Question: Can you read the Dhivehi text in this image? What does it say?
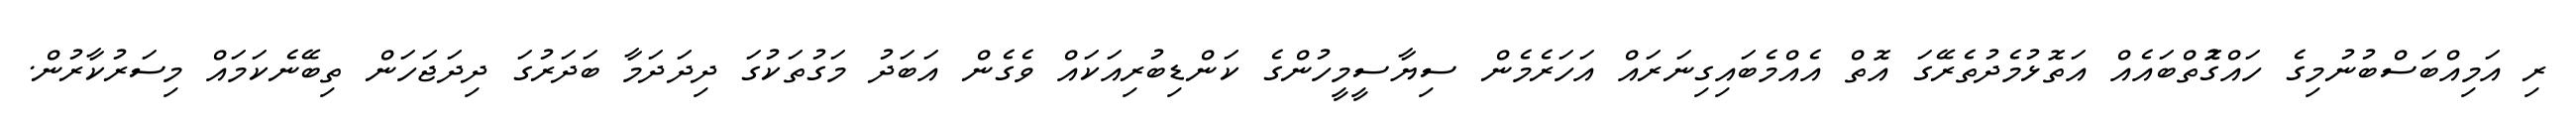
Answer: ރި އަމިއްބަސްބުނުމިގެ ހައްގުޮތްބައެއް އަތޮޅުމެދުތެރޭގަ އޮތް އެއްމެބައިގިނަރައް އަހަރެމެން ސިޔާސީމީހުންގެ ކަންޑިބުރިއަކައް ވެގެން އަބަދު މަގުތަކުގަ ދިދަދަމާ ބަދަރުގަ ދިދަޖަހަން ތިބޭނެކަމައް މިސަރުކާރުން.